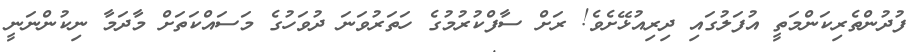
ފުދުންތެރިކަންމަތީ އުފަލުގައި ދިރިއުޅޭށެވެ! ރަށް ސާފްކުރުމުގެ ހަތަރުވަނަ ދުވަހުގެ މަސައްކަތަށް މާދަމާ ނިކުންނަނީ